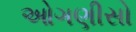
ઓગણીસો